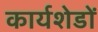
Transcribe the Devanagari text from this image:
कार्यशेडों